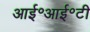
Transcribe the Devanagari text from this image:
आई॰आई॰टी